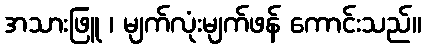
အသားဖြူ ၊ မျက်လုံးမျက်ဖန် ကောင်းသည်။